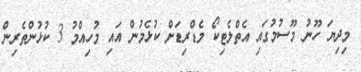
މިދިޔަ ހޫނު މޫސުމުގައި އެތްލެޓިކޯ މެޑްރިޑަށް ކުޅެމުން އައި މުހިއްމު 3 ކުޅުންތެރިން